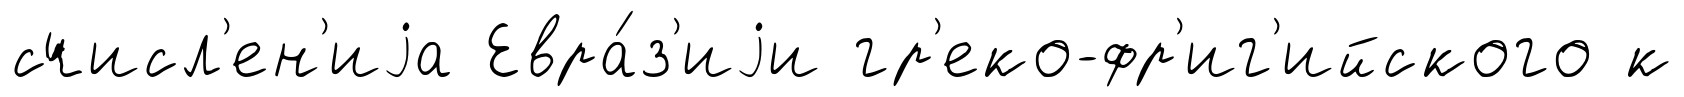
счисл'ен'иjа Евра́з'иjи гр'еко-фр'иг'ийского к